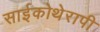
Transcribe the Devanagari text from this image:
साईकोथेरापी